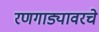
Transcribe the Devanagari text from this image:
रणगाड्यावरचे